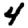
Digit: 4